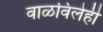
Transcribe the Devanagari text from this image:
वाळविलेही